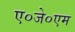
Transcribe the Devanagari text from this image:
ए०जे०एम